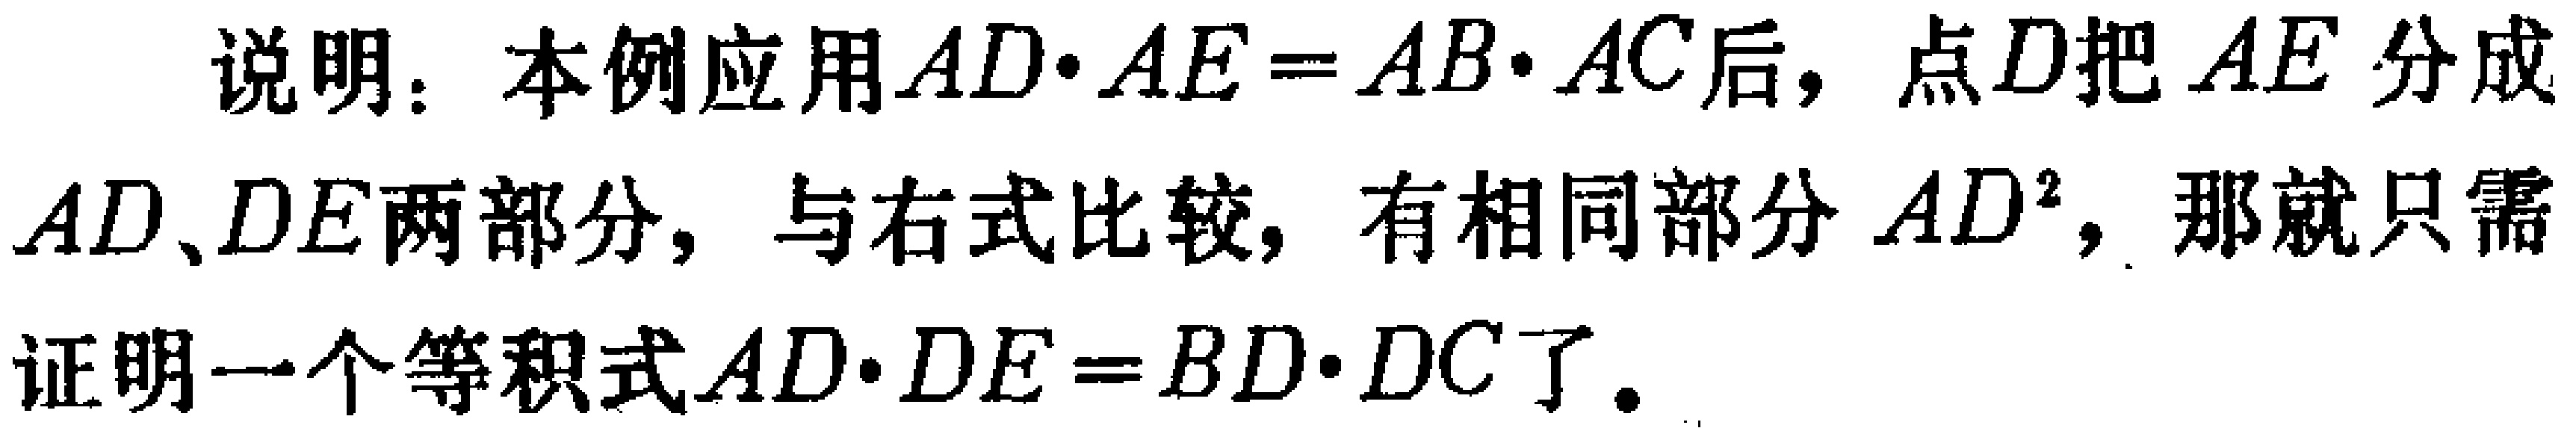
说明：本例应用\(AD\cdot AE = AB\cdot AC\)后，点\(D\)把 \(AE\) 分成\(AD、DE\)两部分，与右式比较，有相同部分 \(AD^{2}\)，那就只需证明一个等积式\(AD\cdot DE = BD\cdot DC\)了。